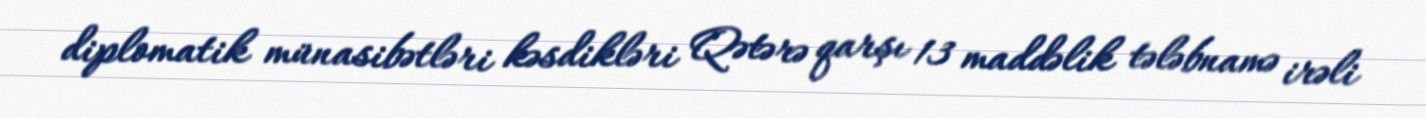
diplomatik münasibətləri kəsdikləri Qətərə qarşı 13 maddəlik tələbnamə irəli